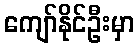
ကျော်နိုင်ဦးမှာ